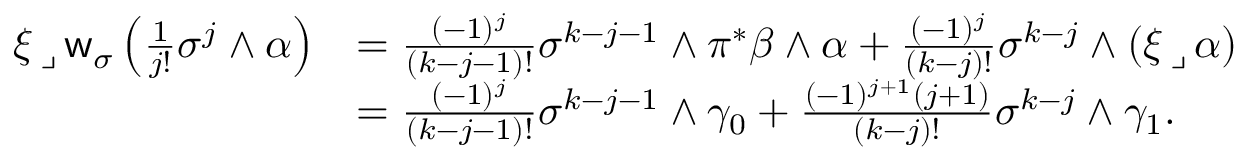
\begin{array} { r l } { \xi \operatorname { \lrcorner } \mathsf { w } _ { \sigma } \left( \frac { 1 } { j ! } \sigma ^ { j } \wedge \alpha \right) } & { = \frac { ( - 1 ) ^ { j } } { ( k - j - 1 ) ! } \sigma ^ { k - j - 1 } \wedge \pi ^ { \ast } \beta \wedge \alpha + \frac { ( - 1 ) ^ { j } } { ( k - j ) ! } \sigma ^ { k - j } \wedge ( \xi \operatorname { \lrcorner } \alpha ) } \\ & { = \frac { ( - 1 ) ^ { j } } { ( k - j - 1 ) ! } \sigma ^ { k - j - 1 } \wedge \gamma _ { 0 } + \frac { ( - 1 ) ^ { j + 1 } ( j + 1 ) } { ( k - j ) ! } \sigma ^ { k - j } \wedge \gamma _ { 1 } . } \end{array}